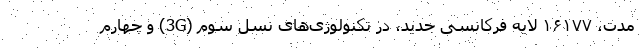
مدت، ۱۶۱۷۷ لایه فرکانسی جدید، در تکنولوژی‌های نسل سوم (3G) و چهارم